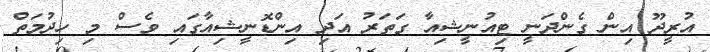
އުރީދޫ އިން ގެންދަނީ ޓިއުނީޝިއާ ގަތަރު އަދި އިންޑޮނީޝިއާގައި ވެސް މި ހިދުމަތް